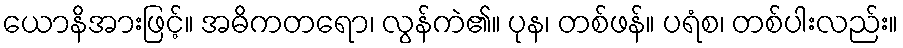
ယောနိအားဖြင့်။ အဓိကတရော၊ လွန်ကဲ၏။ ပုန၊ တစ်ဖန်။ ပရံစ၊ တစ်ပါးလည်း။